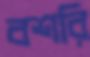
বশরি